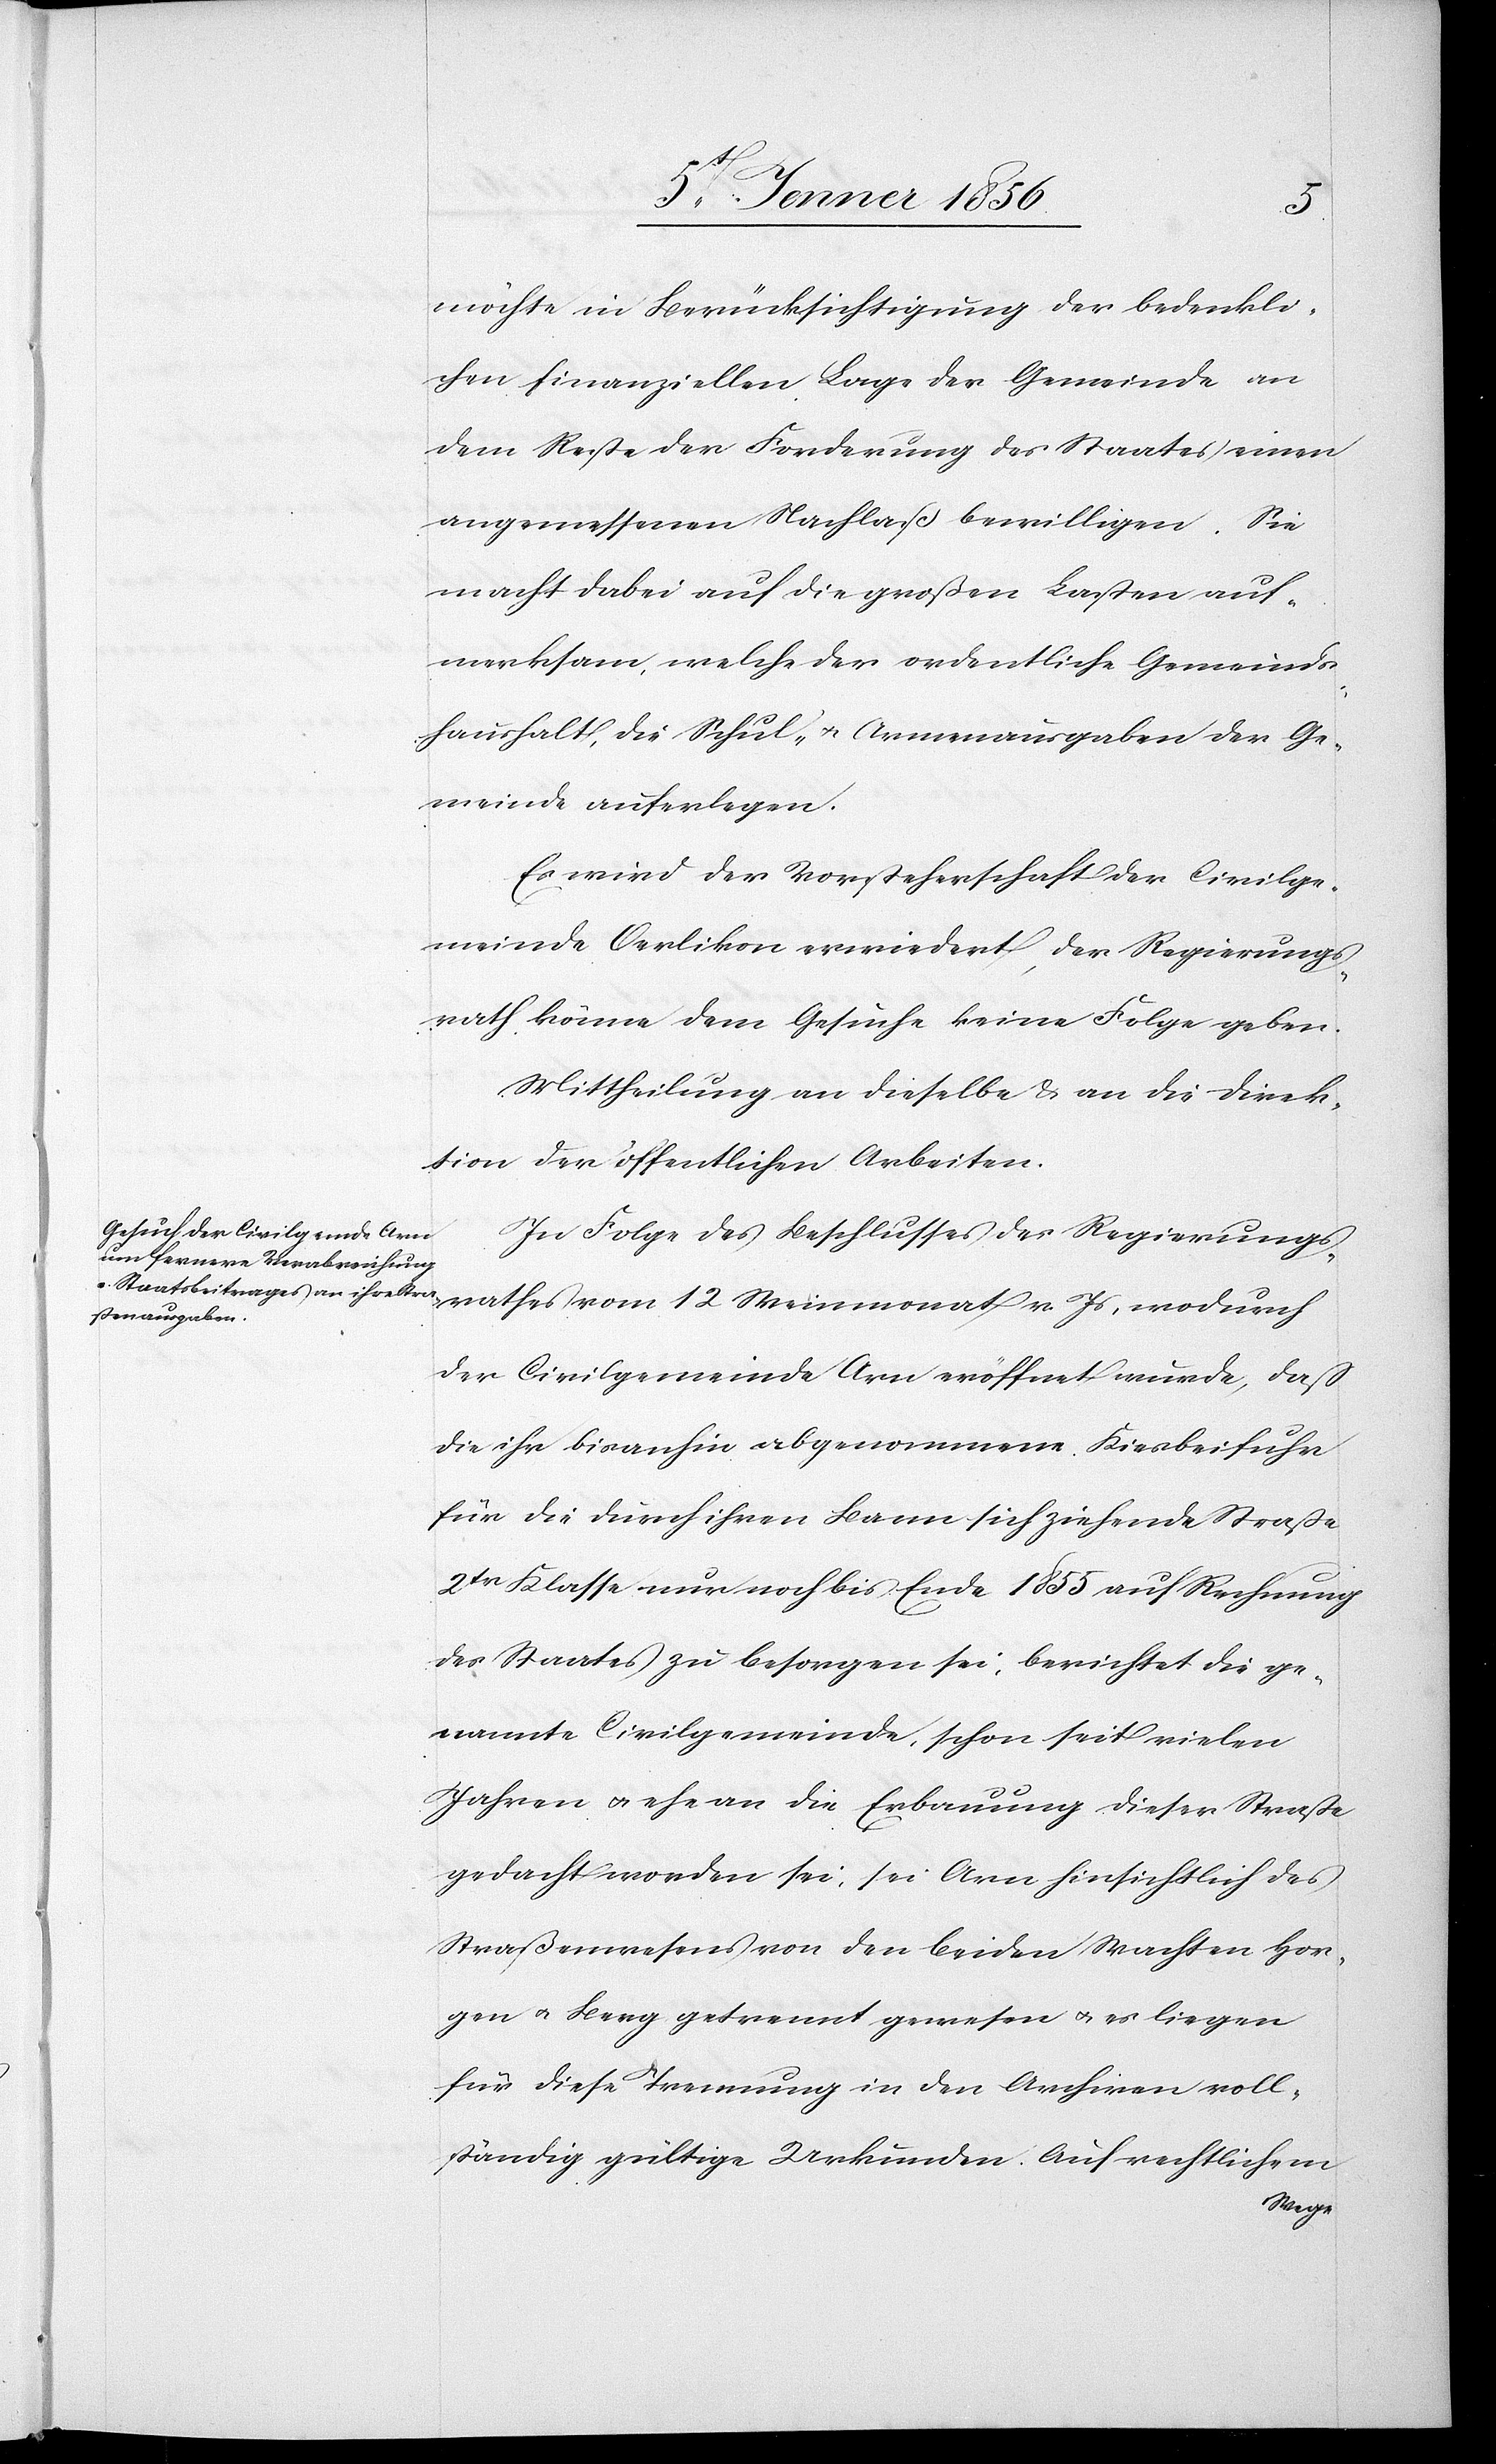
möchte in Berücksichtigung der bedenkli¬
chen finanziellen Lage der Gemeinde an
dem Reste der Forderung des Staates einen
angemessenen Nachlaß bewilligen. Sie
macht dabei auf die großen Lasten auf¬
merksam, welche der ordentliche Gemeinds¬
haushalt, die Schul- u. Armenausgaben der Ge¬
meinde auferlegen.
Es wird der Vorsteherschaft der Civilge¬
meinde Oerlikon erwiedert, der Regierungs¬
rath könne dem Gesuche keine Folge geben.
Mittheilung an dieselbe u. an die Direk¬
tion der öffentlichen Arbeiten.
In Folge des Beschlusses des Regierungs¬
der Civilgemeinde Arn eröffnet wurde, daß
die ihr bisanhin abgenommene Kiesbeifuhr
für die durch ihren Bann sich ziehende Straße
2tr Klasse nur noch bis Ende 1855 auf Rechnung
des Staates zu besorgen sei, berichtet die ge¬
nannte Civilgemeinde, schon seit vielen
Jahren u. ehe an die Erbauung dieser Straße
gedacht worden sei, sei Arn hinsichtlich des
Straßenwesens von den beiden Wachten Hor¬
gen u. Berg getrennt gewesen u. es liegen
für diese Trennung in den Archiven voll¬
ständig gültige Urkunden. Auf rechtlichem
rathes